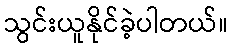
သွင်းယူနိုင်ခဲ့ပါတယ်။